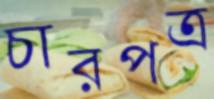
চারপত্র